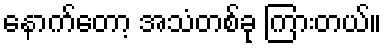
နောက်တော့ အသံတစ်ခု ကြားတယ်။